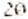
20